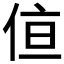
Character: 𪝂